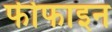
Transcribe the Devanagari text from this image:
फीफाइन